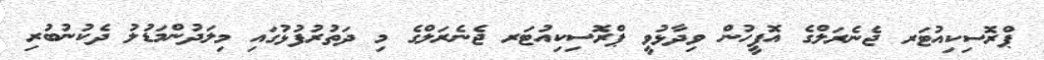
ޕްރޮސިކިއުޓަރ ޖެނެރަލްގެ އޮފީހުން ވިދާޅުވީ ޕްރޮސިކިއުޓަރ ޖެނެރަލްގެ މި ދަތުރުފުޅުގައި މިލަދުންމަޑުލު ދެކުނުބުރި